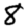
Digit: 8